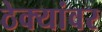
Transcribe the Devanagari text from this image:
ठेक्यांवर